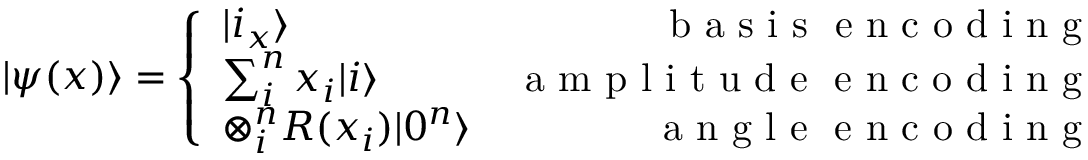
| \psi ( x ) \rangle = \left\{ \begin{array} { l r } { | i _ { x } \rangle } & { \mathrm { ~ b ~ a ~ s ~ i ~ s ~ \ e ~ n ~ c ~ o ~ d ~ i ~ n ~ g ~ } } \\ { \sum _ { i } ^ { n } x _ { i } | i \rangle } & { \mathrm { ~ a ~ m ~ p ~ l ~ i ~ t ~ u ~ d ~ e ~ \ e ~ n ~ c ~ o ~ d ~ i ~ n ~ g ~ } } \\ { \otimes _ { i } ^ { n } R ( x _ { i } ) | 0 ^ { n } \rangle } & { \mathrm { ~ a ~ n ~ g ~ l ~ e ~ \ e ~ n ~ c ~ o ~ d ~ i ~ n ~ g ~ } } \end{array} \right.